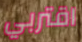
اقتربي